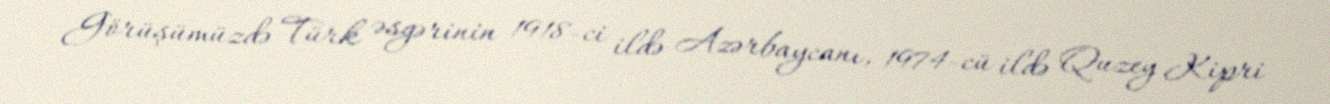
Görüşümüzdə Türk əsgərinin 1918-ci ildə Azərbaycanı, 1974-cü ildə Quzey Kipri